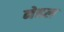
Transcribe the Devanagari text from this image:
नेहल